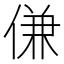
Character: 𬾹